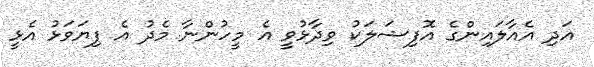
އަދި އެއާލައިންގެ އޮފިޝަލަކު ވިދާޅުވީ އެ މީހުންނާ މެދު އެ ފިޔަވަޅު އެޅީ